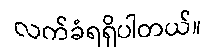
လက်ခံရရှိပါတယ်။